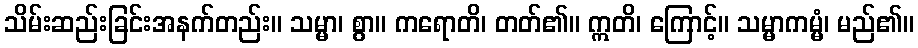
သိမ်းဆည်းခြင်းအနက်တည်း။ သမ္မာ၊ စွာ။ ကရောတိ၊ တတ်၏။ ဣတိ၊ ကြောင့်။ သမ္မာကမ္မံ၊ မည်၏။